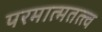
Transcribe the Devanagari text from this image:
परमात्मतत्त्व